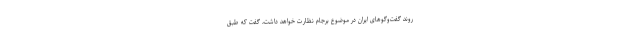
روند گفت‌وگوهای ایران در موضوع برجام نظارت خواهد داشت، گفت که طبق